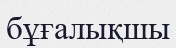
бұғалықшы